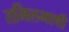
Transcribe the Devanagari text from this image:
तमिलभाषी